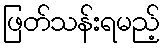
ဖြတ်သန်းရမည့်